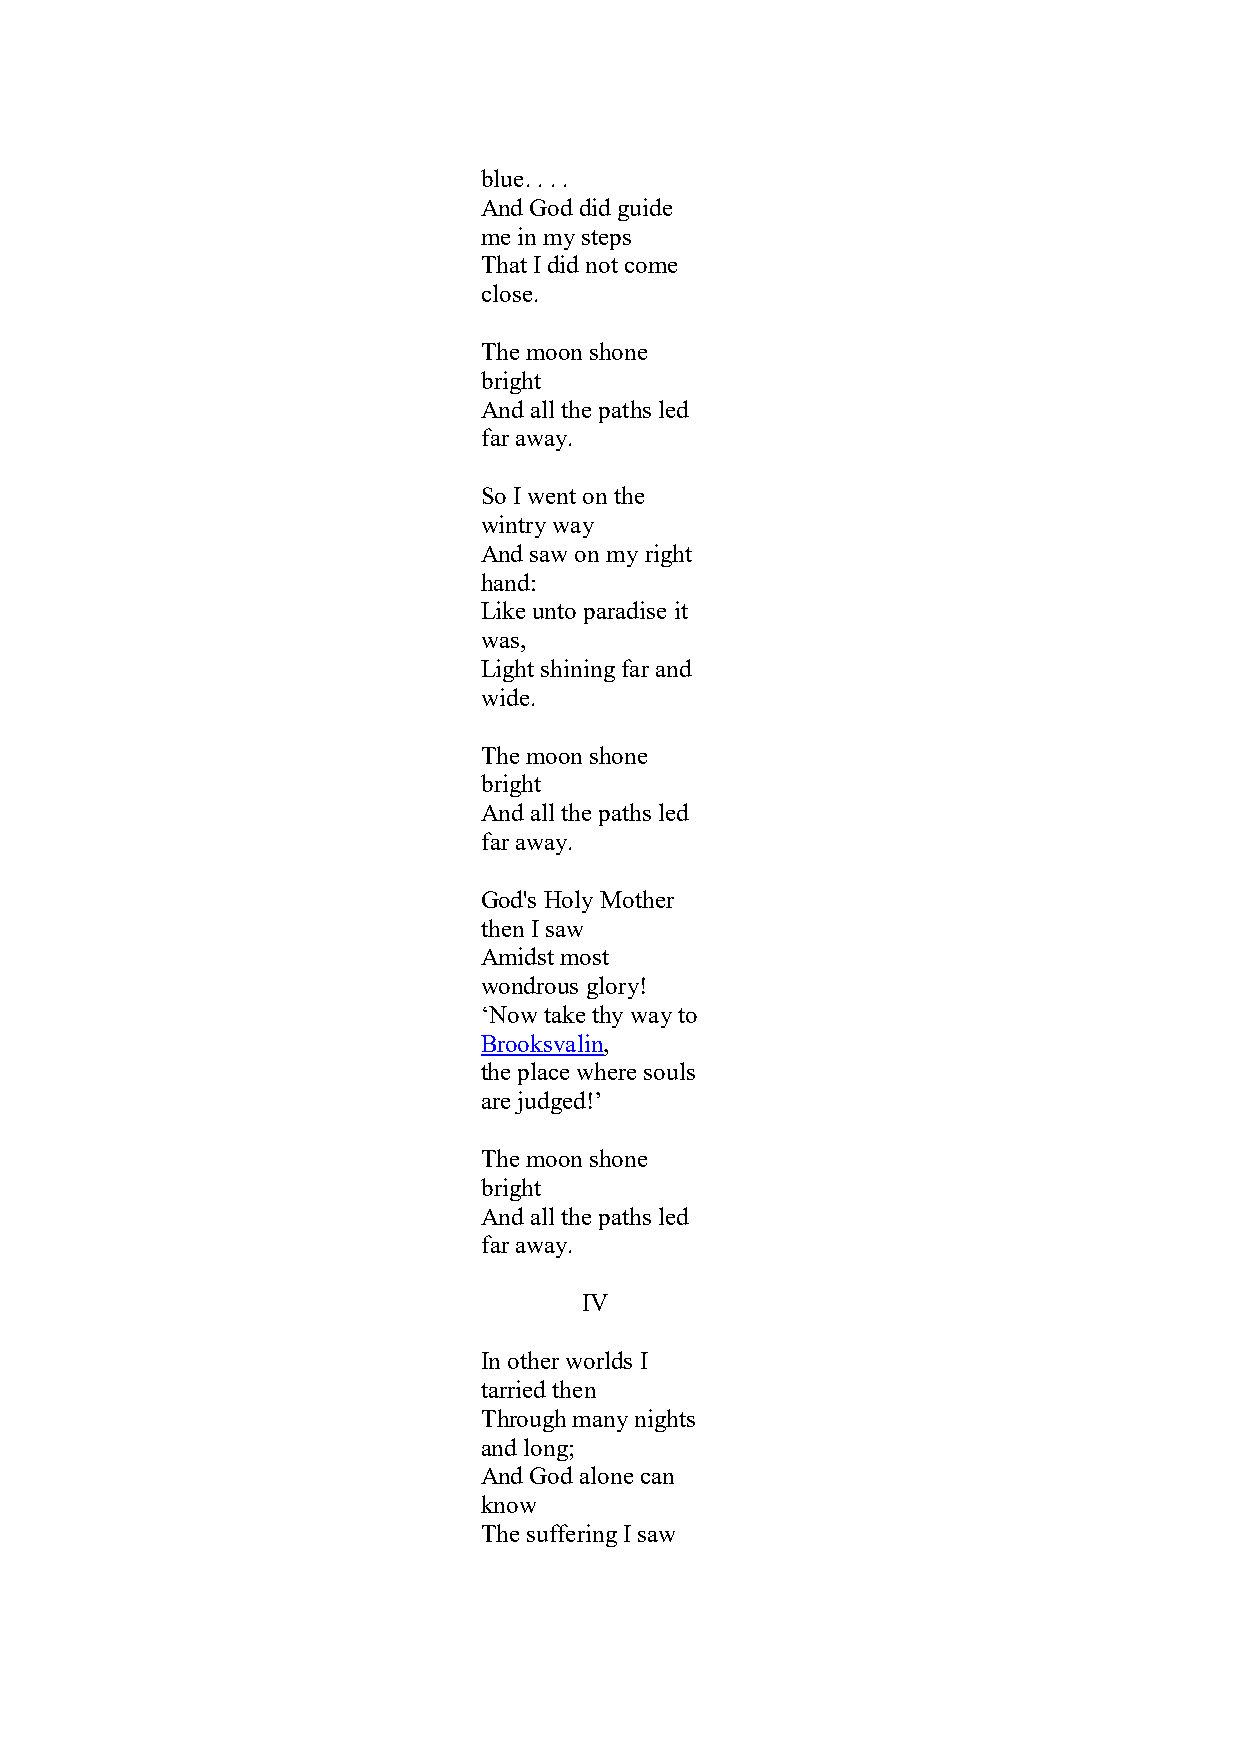
blue. . . .
 And God did guide
 me in my steps
 That I did not come
 close.
 The moon shone
 bright
 And all the paths led
 far away.
 So I went on the
 wintry way
 And saw on my right
 hand:
 Like unto paradise it
 was,
 Light shining far and
 wide.
 The moon shone
 bright
 And all the paths led
 far away.
 God's Holy Mother
 then I saw
 Amidst most
 wondrous glory!
 ‘Now take thy way to
 Brooksvalin,
 the place where souls
 are judged!’
 The moon shone
 bright
 And all the paths led
 far away.
 IV
 In other worlds I
 tarried then
 Through many nights
 and long;
 And God alone can
 know
 The suffering I saw